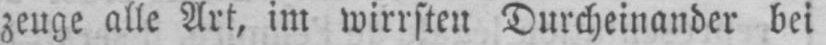
zeuge alle Art, im wirrsten Durcheinander bei